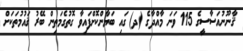
ޤާނޫނުއަސާސީގެ 115 ވަނަ މާއްދާގެ (ދ) ގައި ބަޔާންކޮށްފައިވާ ގޮތުގެމަތިން ބޭރު ޤައުމުތަކަށް